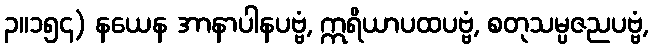
၃။၁၅၄) နယေန အာနာပါနပဗ္ဗံ, ဣရိယာပထပဗ္ဗံ, စတုသမ္ပဇညပဗ္ဗံ,